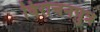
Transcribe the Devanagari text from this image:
विरोचनपुत्र